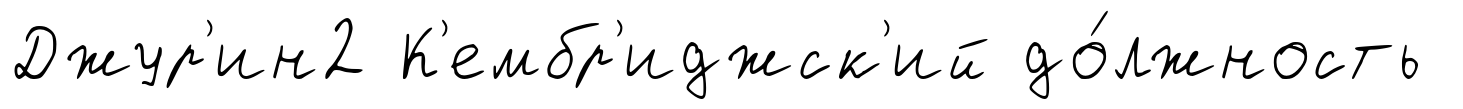
Джур'ин2 К'ембр'иджск'ий до́лжность